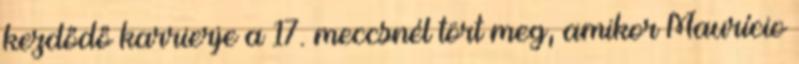
kezdődő karrierje a 17. meccsnél tört meg, amikor Maurício